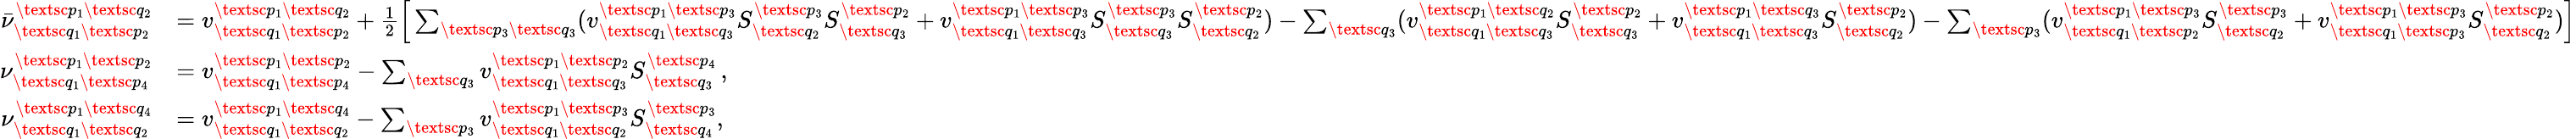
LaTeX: \begin{array}{rl}{\bar{\nu}_{\textsc{q}_{1}\textsc{p}_{2}}^{\textsc{p}_{1}\textsc{q}_{2}}}&{=v_{\textsc{q}_{1}\textsc{p}_{2}}^{\textsc{p}_{1}\textsc{q}_{2}}+\frac{1}{2}\Big[\sum_{\textsc{p}_{3}\textsc{q}_{3}}(v_{\textsc{q}_{1}\textsc{q}_{3}}^{\textsc{p}_{1}\textsc{p}_{3}}S_{\textsc{q}_{2}}^{\textsc{p}_{3}}S_{\textsc{q}_{3}}^{\textsc{p}_{2}}+v_{\textsc{q}_{1}\textsc{q}_{3}}^{\textsc{p}_{1}\textsc{p}_{3}}S_{\textsc{q}_{3}}^{\textsc{p}_{3}}S_{\textsc{q}_{2}}^{\textsc{p}_{2}})-\sum_{\textsc{q}_{3}}(v_{\textsc{q}_{1}\textsc{q}_{3}}^{\textsc{p}_{1}\textsc{q}_{2}}S_{\textsc{q}_{3}}^{\textsc{p}_{2}}+v_{\textsc{q}_{1}\textsc{q}_{3}}^{\textsc{p}_{1}\textsc{q}_{3}}S_{\textsc{q}_{2}}^{\textsc{p}_{2}})-\sum_{\textsc{p}_{3}}(v_{\textsc{q}_{1}\textsc{p}_{2}}^{\textsc{p}_{1}\textsc{p}_{3}}S_{\textsc{q}_{2}}^{\textsc{p}_{3}}+v_{\textsc{q}_{1}\textsc{p}_{3}}^{\textsc{p}_{1}\textsc{p}_{3}}S_{\textsc{q}_{2}}^{\textsc{p}_{2}})\Big]}\\ {\nu_{\textsc{q}_{1}\textsc{p}_{4}}^{\textsc{p}_{1}\textsc{p}_{2}}}&{=v_{\textsc{q}_{1}\textsc{p}_{4}}^{\textsc{p}_{1}\textsc{p}_{2}}-\sum_{\textsc{q}_{3}}v_{\textsc{q}_{1}\textsc{q}_{3}}^{\textsc{p}_{1}\textsc{p}_{2}}S_{\textsc{q}_{3}}^{\textsc{p}_{4}}\, ,}\\ {\nu_{\textsc{q}_{1}\textsc{q}_{2}}^{\textsc{p}_{1}\textsc{q}_{4}}}&{=v_{\textsc{q}_{1}\textsc{q}_{2}}^{\textsc{p}_{1}\textsc{q}_{4}}-\sum_{\textsc{p}_{3}}v_{\textsc{q}_{1}\textsc{q}_{2}}^{\textsc{p}_{1}\textsc{p}_{3}}S_{\textsc{q}_{4}}^{\textsc{p}_{3}},}\end{array}